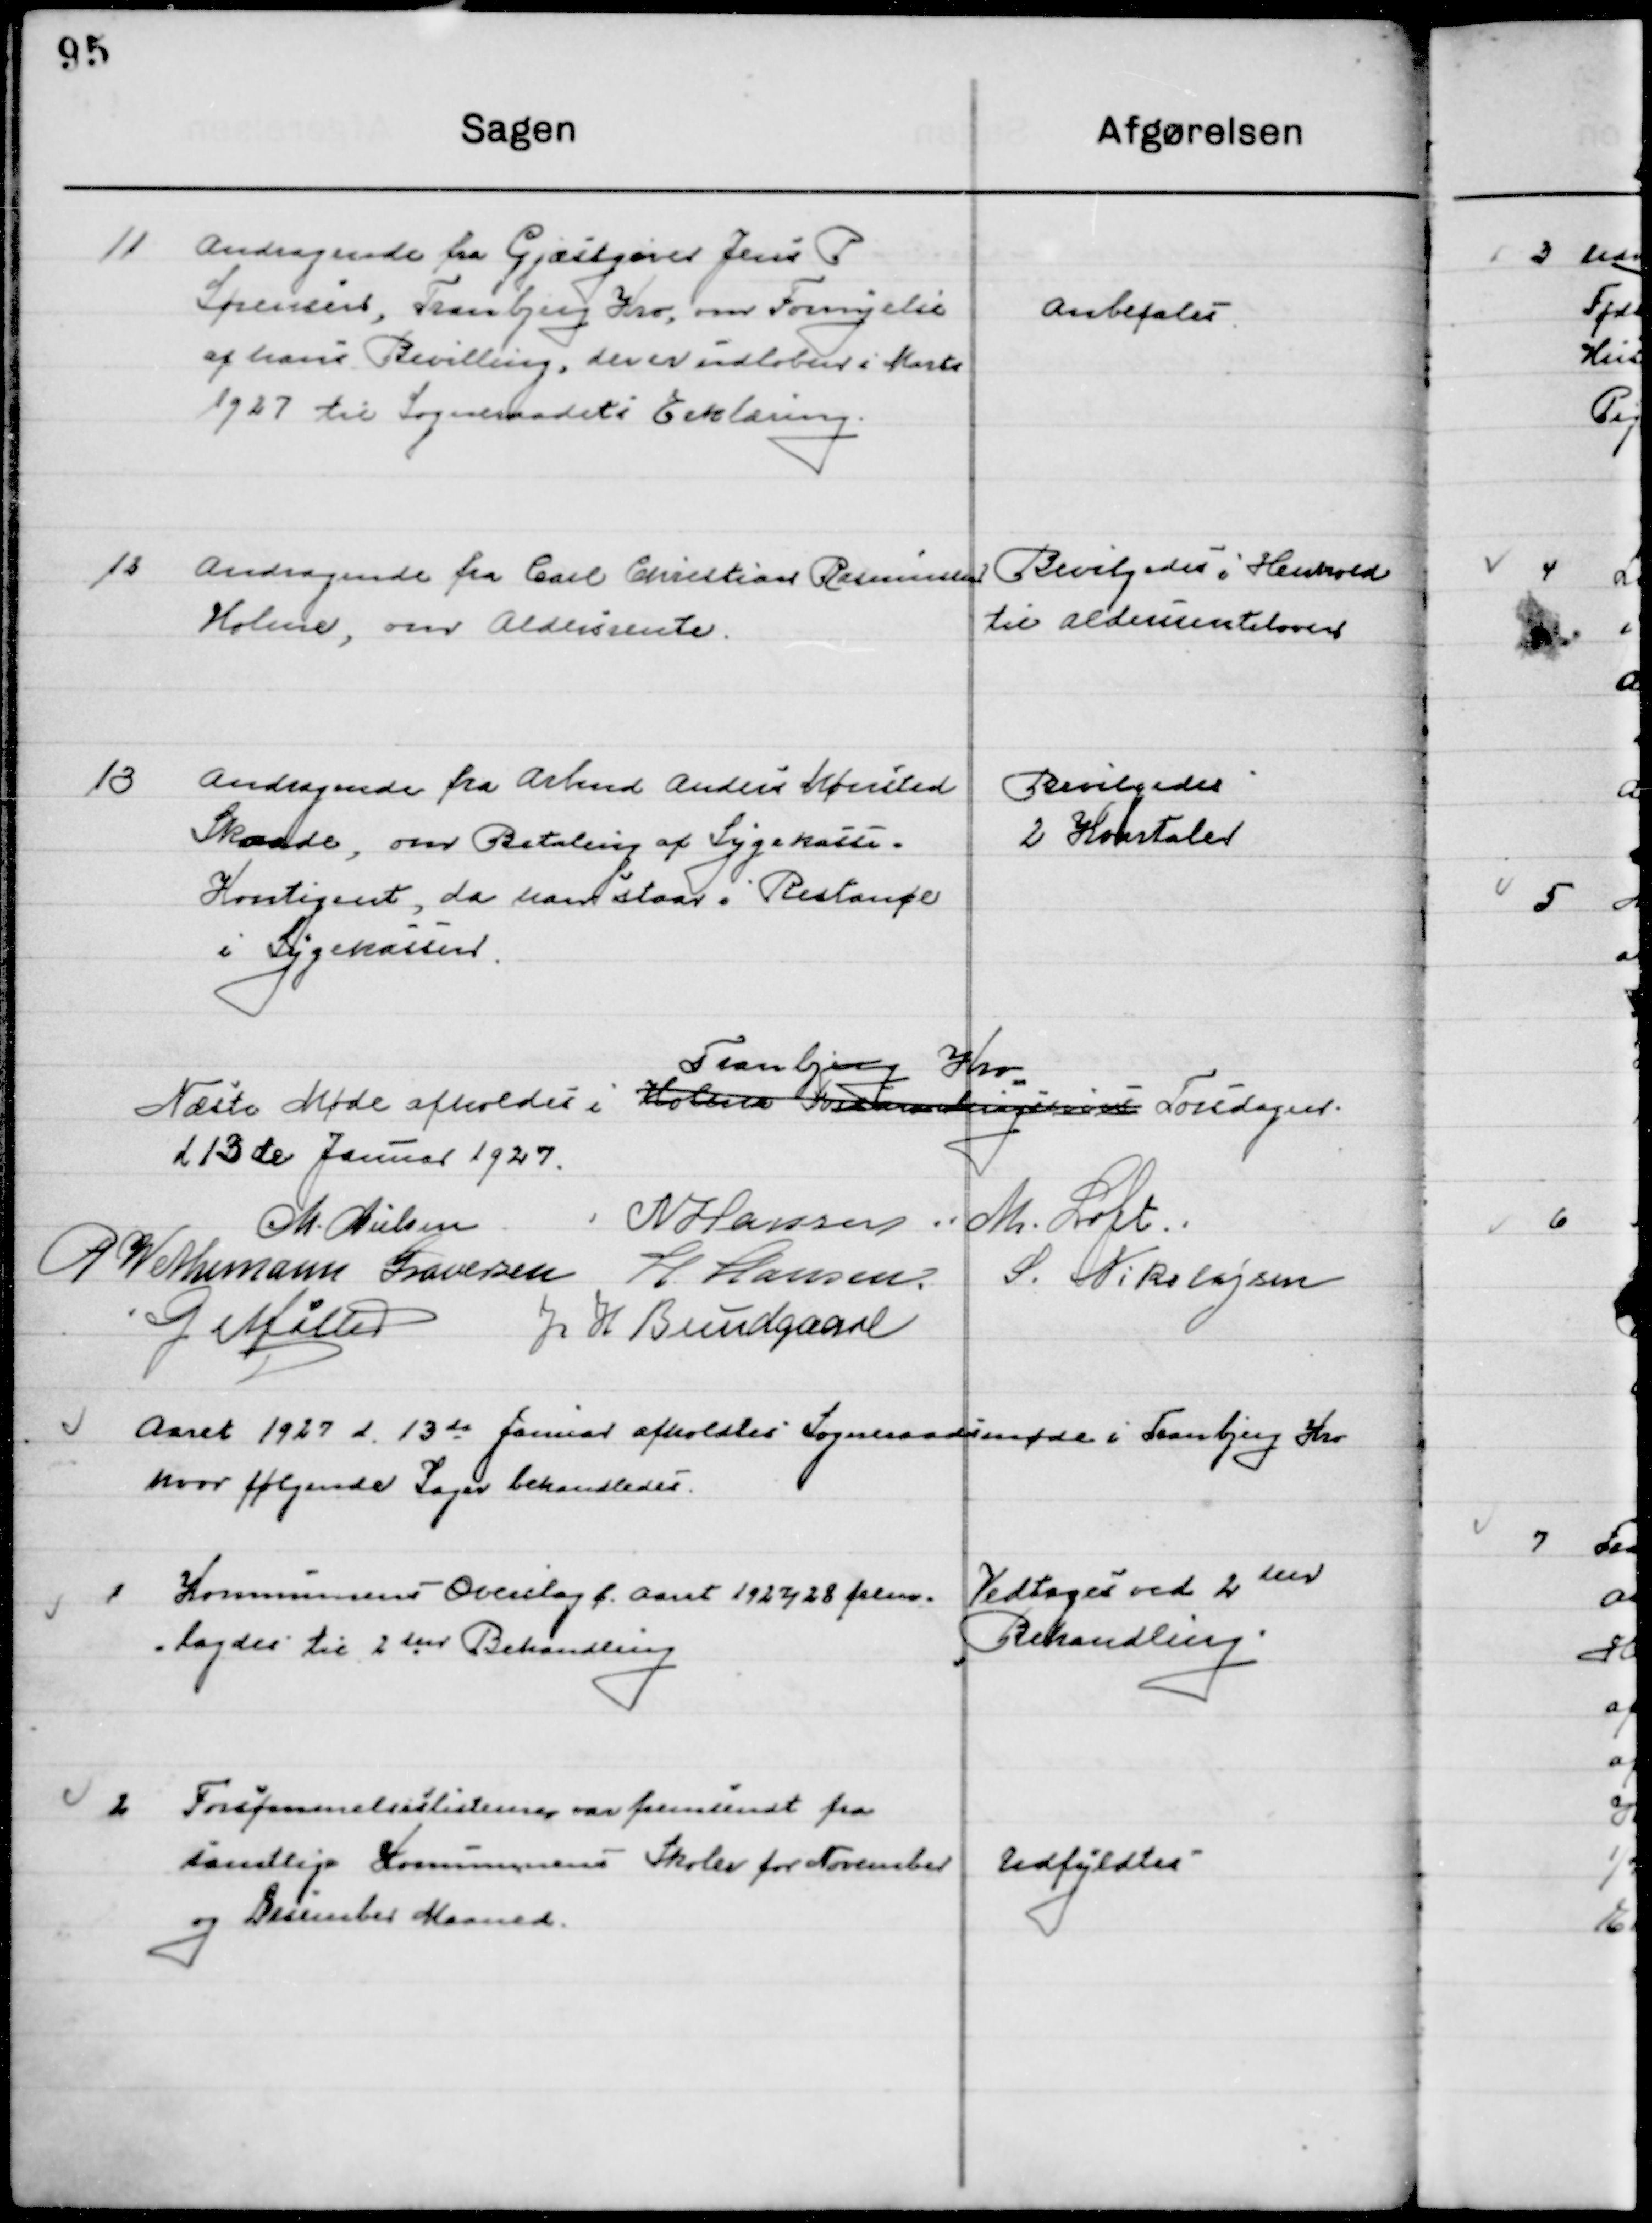
Transskription:
11

Andragende fra Gæstgiver Jens P.
Sørensen, Tranbjerg Kro, om Fornyelse
af hans Bevilling, der er udløbet i Marts
1927 til Sogneraadets Erklæring

Anbefales

12

Andragende fra Carl Christian Rasmussen
Holme, om Aldersrente

Bevilgedes i Henhold 
til Aldersrenteloven

13

Andragende fra Arbmd. Anders Mønsted
Skaade, om Betaling af Sygekasse-
Kontingent, da han staar i Restance
i Sygekassen.

Bevilgedes
2 Kvartaler

Næste Møde afholdes i Holme Forsamlingsbygning 
Tranbjerg Kro
Torsdagen
d. 13de Januar 1927.

M. Nielsen
N. Hansen
M. Loft
G. W. Neumann Graversen
H. Hansen
S. Nikolajsen
G. Møller
J. H. Bundgaard

Aaret 1927 d. 13de Januar afholdtes  Sogneraadsmøde i Tranbjerg Kro
hvor følgende Sager behandledes.

1

Kommunens Overslag f. Aaret 1927/28 frem-
lagdes til 2den Behandling

Vedtoges ved 2den
Behandling

2

Forsømmelseslisten var fremsendt fra
samtlige Kommunens Skoler for November
og December Maaned.

Udfyldes